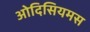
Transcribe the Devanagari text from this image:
ओदिसियमस